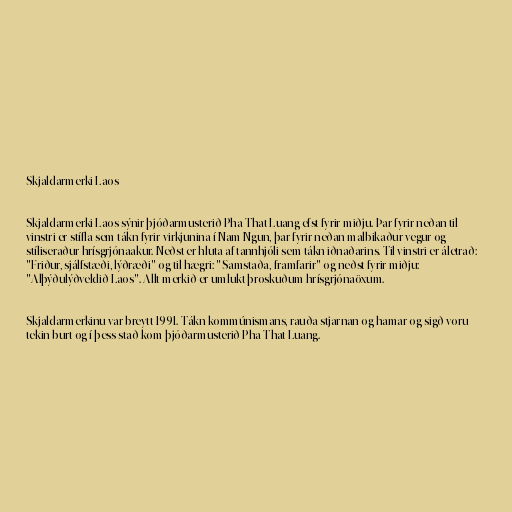
Skjaldarmerki Laos

Skjaldarmerki Laos sýnir þjóðarmusterið Pha That Luang efst fyrir miðju. Þar fyrir neðan til
vinstri er stífla sem tákn fyrir virkjunina í Nam Ngun, þar fyrir neðan malbikaður vegur og
stíliseraður hrísgrjónaakur. Neðst er hluta af tannhjóli sem tákn iðnaðarins. Til vinstri er áletrað:
"Friður, sjálfstæði, lýðræði" og til hægri: "Samstaða, framfarir" og neðst fyrir miðju:
"Alþýðulýðveldið Laos". Allt merkið er umlukt þroskuðum hrísgrjónaöxum.

Skjaldarmerkinu var breytt 1991. Tákn kommúnismans, rauða stjarnan og hamar og sigð voru
tekin burt og í þess stað kom þjóðarmusterið Pha That Luang.